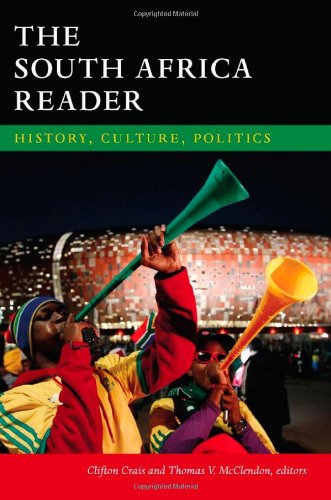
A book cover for The South Africa Reader: History, Culture, Politics (The World Readers); History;